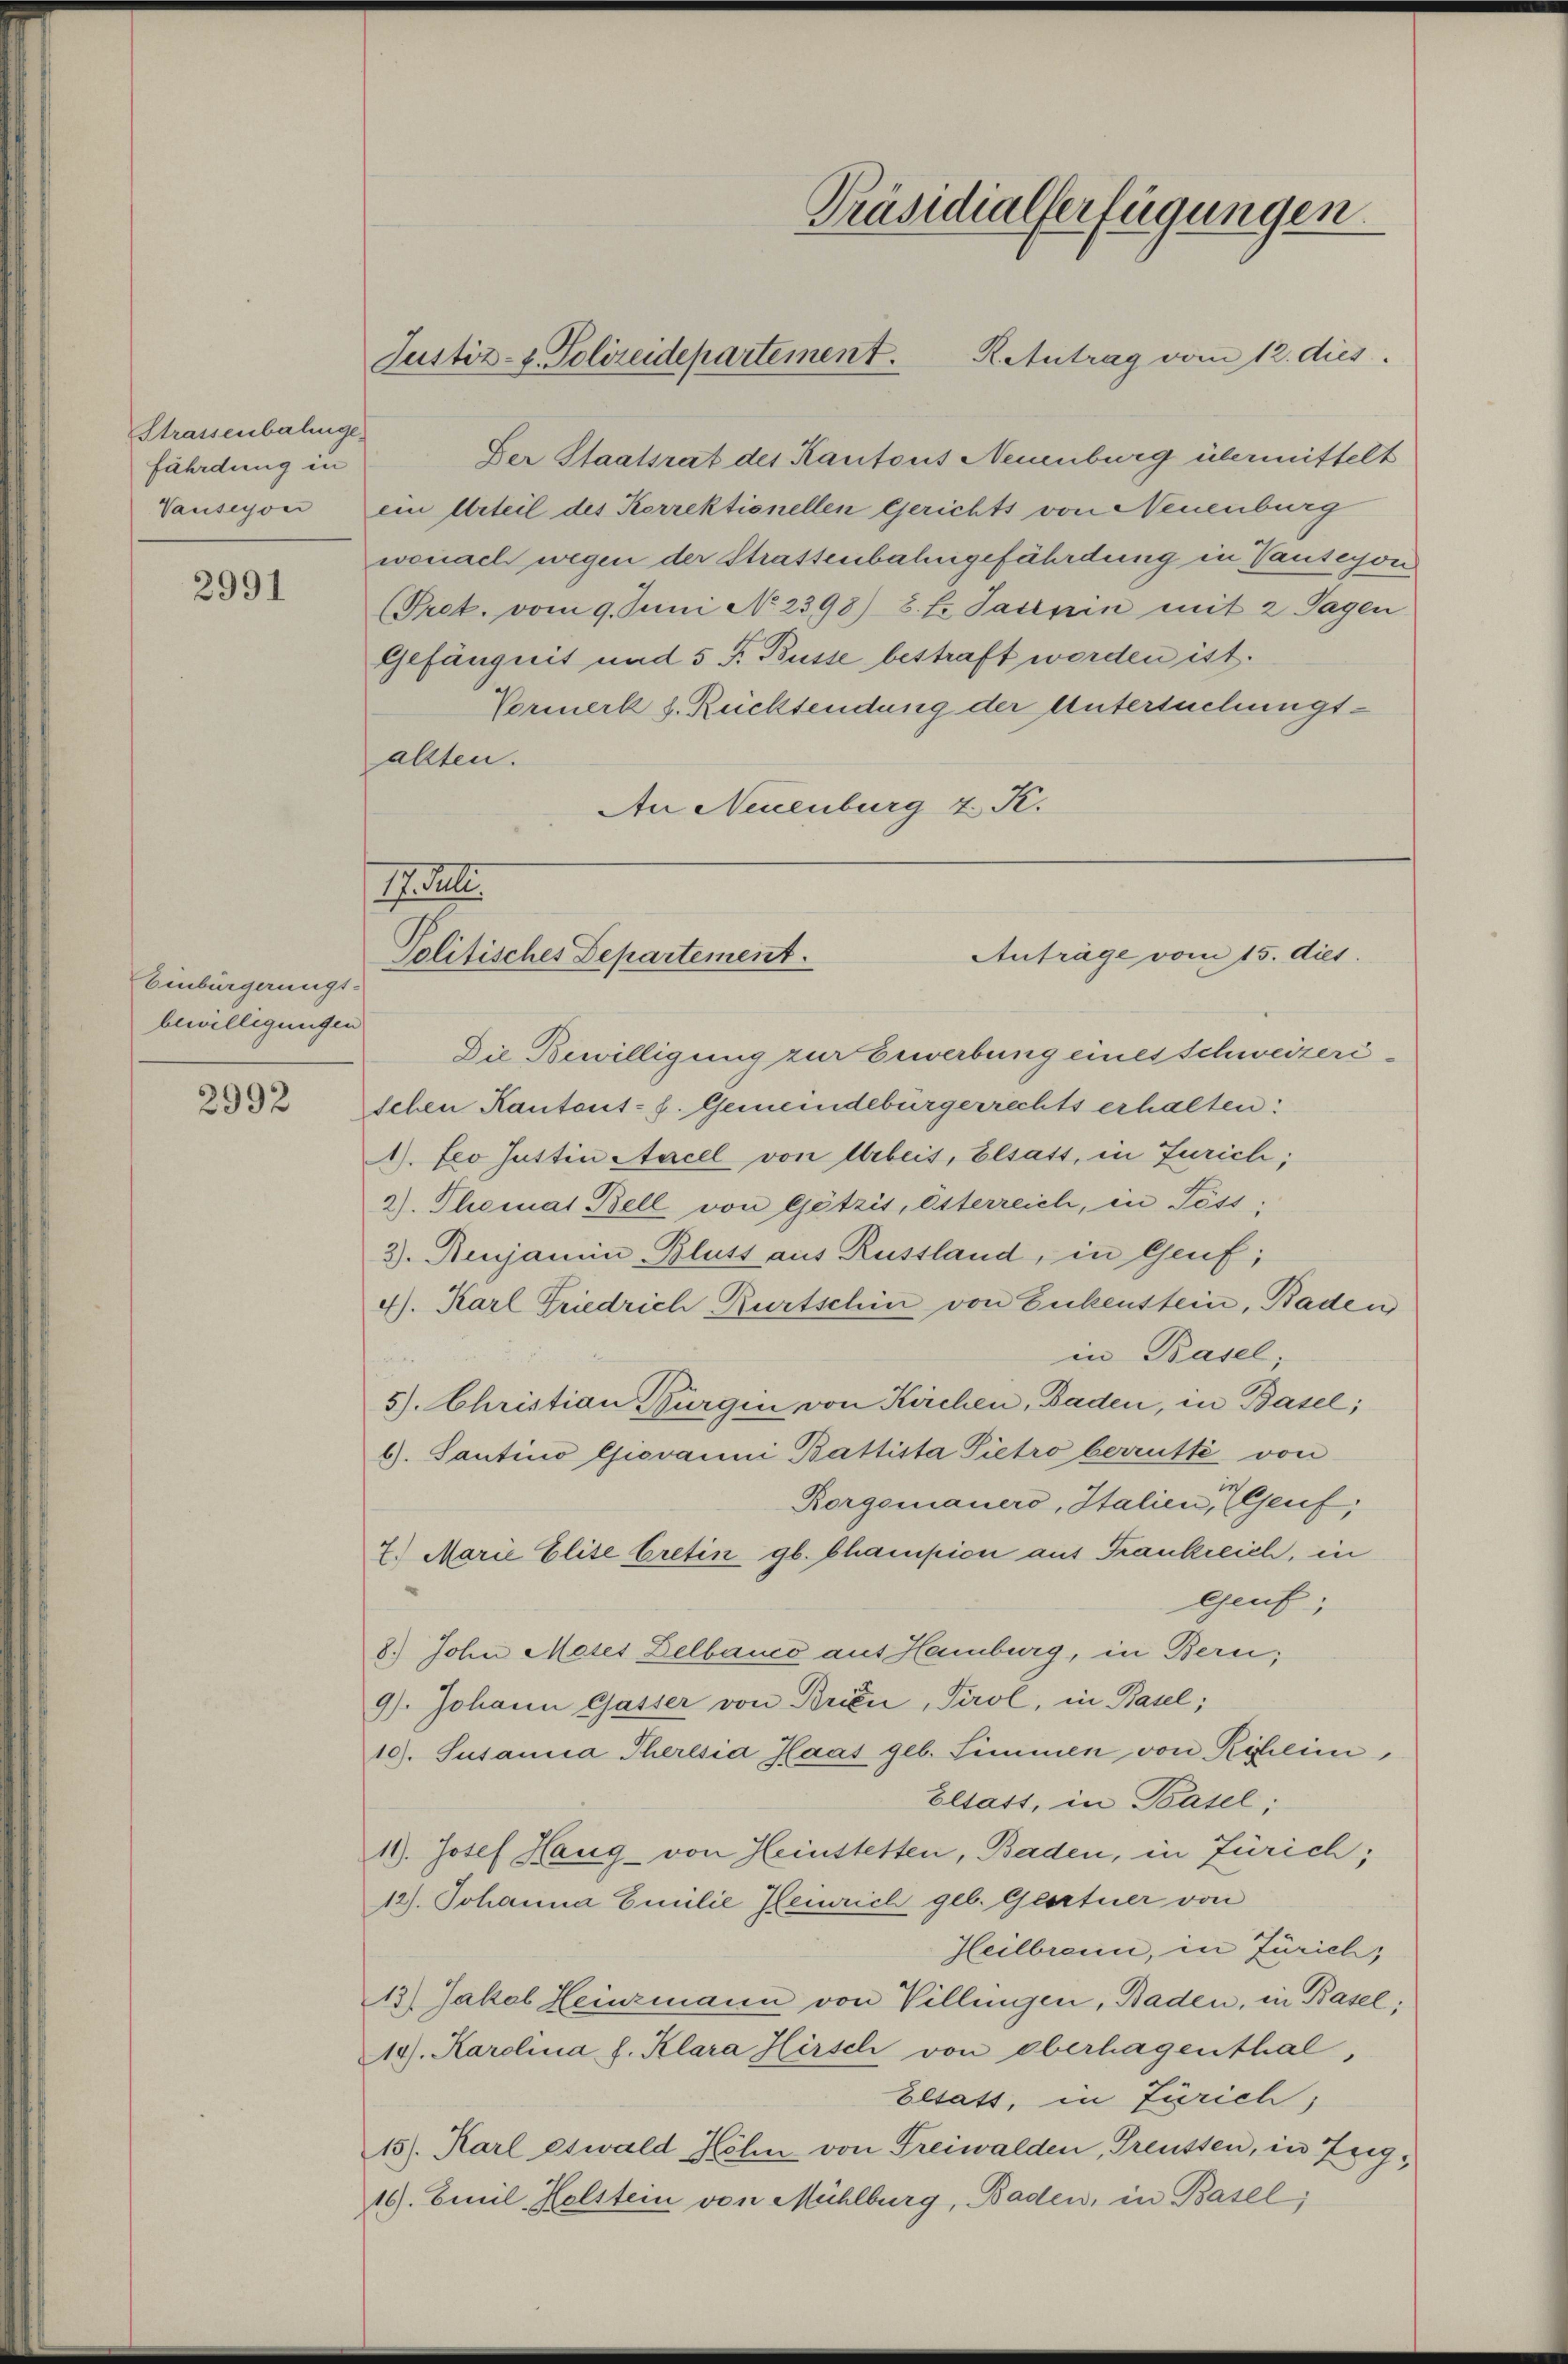
Strassenbahnge
fährdung in
Vauseyon

2991

Einbürgerungs-
bewilligungen

2992

Präsidialferfügungen.
R. Antrag vom 12. dies
Justiz- & Polizeidepartement.

Der Staatsrat des Kantons Neuenburg übermittelt
ein Urteil des Korrektionellen Gerichts von Neuenburg
wonach wegen der Strassenbahngefährdung in Pauseyon
(Pret. vom 9. Juni No 2398) 8. fr. Sasspin mit 2 Tagen
Gefängnis und 5 P. Busse bestraft werden ist.
Vormerk s. Rücksendung der Untersuchungsallten.
An Neuenburg 4. K.

17. Sell.
Anträge vom 15. dies.
Politisches Departement.

Die Bewilligung zur Gewerbung eines Schweizeridchen Kantons- E. Gemeindebürgerrechts erhalten:
1). Leo Gattin Aacel von Arbeis, Elsatt, in Jurich;
2). Themat Bell von Götzis, Esterreich, in Pöss;
3. Renjamin, Bluss aus Russland, in Genf;
4). Karl Friedrich Kurtschin von Eukenstein, Baden
in Basel,
5). Christian Bürgin von Kirchen, Baden, in Basel;
G. Santino Giovanni Battista Pietro berrütte von
Rorgomanero, Italien, Genf,
7.) Marie Elise Cretin gb. Champion aus Frankreich, in
Genf;
8.) John Meses Delbanco aus Hamburg, in Bern;
9). Johann Gasser von Brien, Tirol, in Basel;
10). Susania Theresia Haas geb. Simmen von Roheim,
Elsast, in Basel;
19. Josef Haug von Heinstetten, Baden, in Zürich;
12). Johanna Emilie Heinrich geb. Geortner von
Heilbronn, in Zürich,
13.) Jakob Heinzmann von Villingen, Baden, in Basel;
10). Karolina h. Klara Hirsch von Oberhagenthal,
Eltatt, in Zürich,
15). Karl es wald Höhn von Freiwalden, Greussen, in Zug,
10). Einil-Holstein von Mühlburg, Baden, in Basel;